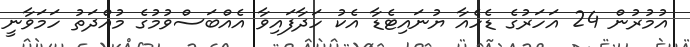
އުމުރުން 24 އަހަރުގެ ޑެހެއާ ޔުނައިޓެޑާ އެކު ހަދާފައިވާ އެއްބަސްވުމުގެ މުއްދަތު ހަމަވާނީ